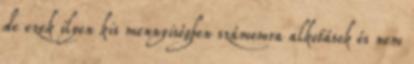
de ezek ilyen kis mennyiségben számomra alkotások és nem